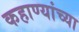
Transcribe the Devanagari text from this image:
कहाण्यांच्या